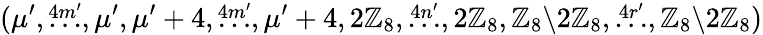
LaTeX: (\mu^{\prime},\stackrel{4m^{\prime}}{\dots},\mu^{\prime},\mu^{\prime}+4,\stackrel{4m^{\prime}}{\dots},\mu^{\prime}+4,2\mathbb{Z}_{8},\stackrel{4n^{\prime}}{\dots},2\mathbb{Z}_{8},\mathbb{Z}_{8}{\setminus}2\mathbb{Z}_{8},\stackrel{4r^{\prime}}{\dots},\mathbb{Z}_{8}{\setminus}2\mathbb{Z}_{8})